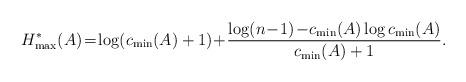
LaTeX: \begin{align*}H_{\max}^*(A)\!=\!\log(c_{\min}(A)+1)\!+\!\dfrac{\log(n\!-\!1)\!-\!c_{\min}(A)\log c_{\min}(A)}{c_{\min}(A)+1}.\end{align*}